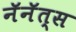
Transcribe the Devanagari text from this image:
नॅनॅत्स